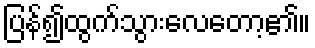
ပြန်၍ထွက်သွားလေတော့၏။